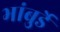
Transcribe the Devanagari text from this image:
भांबुर्डे